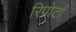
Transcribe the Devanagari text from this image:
रिपोर्टां